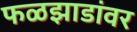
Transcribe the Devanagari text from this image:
फळझाडांवर